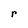
Character: r